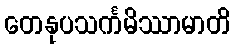
တေနုပသင်္ကမိဿာမာတိ